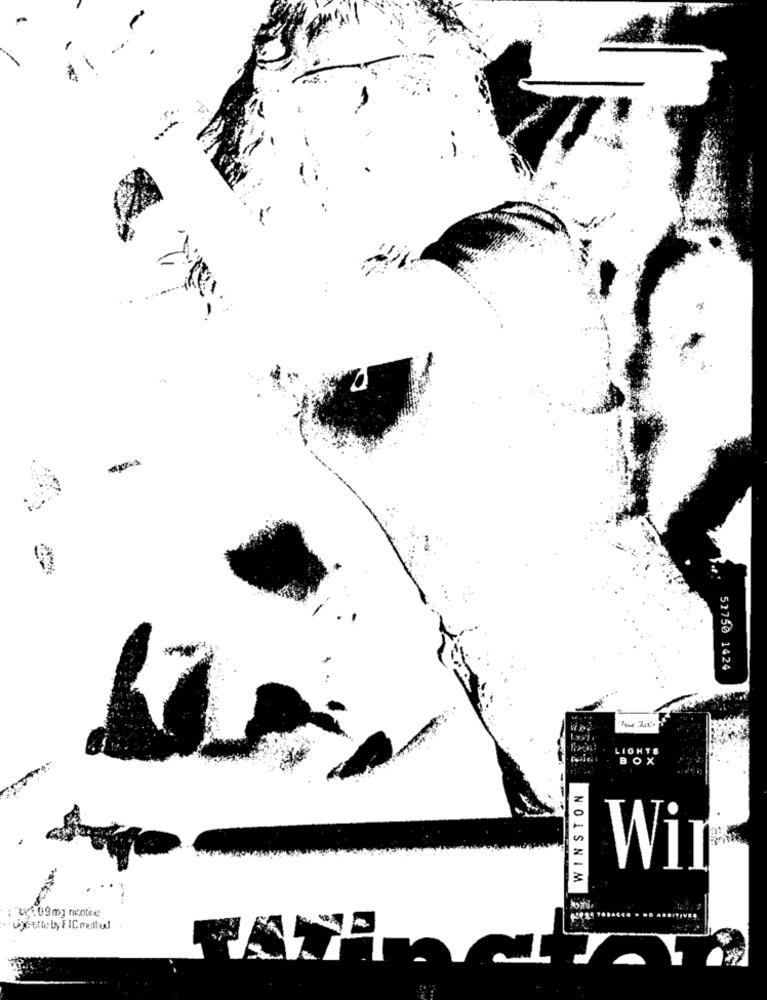
51750 1424
LIGHTS
BOX
WINSTON
Wil
ujcette by FICmental